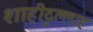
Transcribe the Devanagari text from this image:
शाहीदुल्लाह